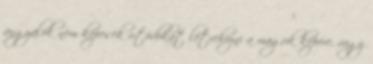
angyalok nem képesek utódokat létrehozni a maguk képére, vagy